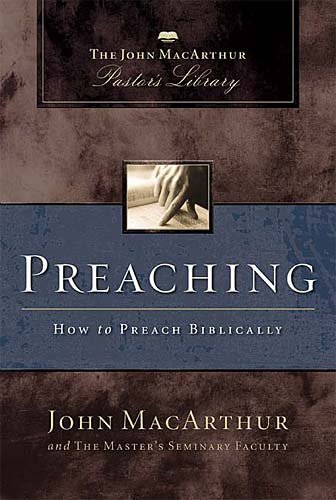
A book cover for Preaching: How to Preach Biblically (MacArthur Pastor's Library); John F. MacArthur; Christian Books & Bibles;